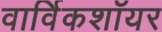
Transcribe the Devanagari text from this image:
वार्विकशॉयर